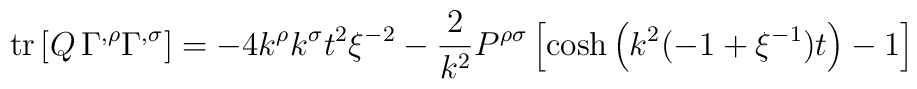
{\rm tr}\left[ Q\,\Gamma ^{,\rho }\Gamma ^{,\sigma }\right] =-4k^{\rho}k^{\sigma }t^{2}\xi ^{-2}-\frac{2}{k^{2}}P^{\rho \sigma }\left[ \cosh\left( k^{2}(-1+\xi ^{-1})t\right) -1\right]